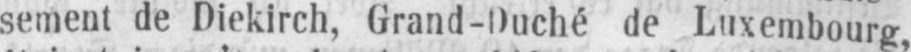
sement de Diekirch, Grand-Duché de Luxembourg,